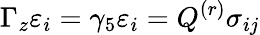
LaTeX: \Gamma_{z}\varepsilon_{i}=\gamma_{5}\varepsilon_{i}=Q^{(r)}\sigma_{ij}